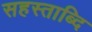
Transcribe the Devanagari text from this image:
सहस्ताब्दि